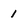
Character: 1